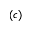
( c )